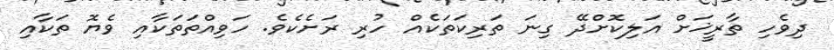
ދިވެހި ތާރީޚަށް އަލިކޮށްދޭ ގިނަ ތަރިކަތަކެއް ހުރި ރަށެކެވެ. ހަވިއްތަތަކާއި ވެޔޮ ތަކާއި